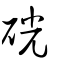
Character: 硄